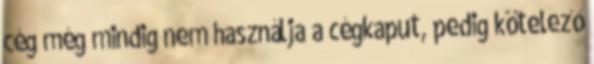
cég még mindig nem használja a cégkaput, pedig kötelező